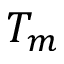
T _ { m }